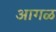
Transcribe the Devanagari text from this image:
अागळ